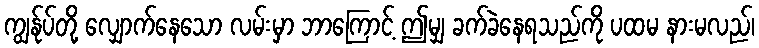
ကျွန်ုပ်တို့ လျှောက်နေသော လမ်းမှာ ဘာကြောင့် ဤမျှ ခက်ခဲနေရသည်ကို ပထမ နားမလည်၊